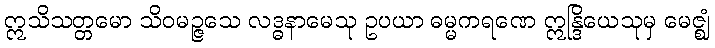
ဣသိသတ္တမော သိဝမဉ္ဇသေ လဒ္ဓနာမေသု ဥပယာ ဓမ္မကရဏေ ဣန္ဒြိယေသုမှ မေဇ္ဈံ